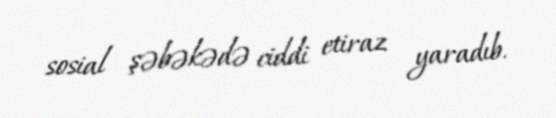
sosial şəbəkədə ciddi etiraz yaradıb.